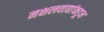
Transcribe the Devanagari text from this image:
नक्षलवाद्यांकडून